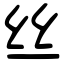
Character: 丝